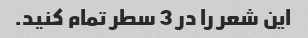
این شعر را در 3 سطر تمام کنید.